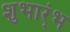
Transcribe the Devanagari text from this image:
शुभार्ंभ